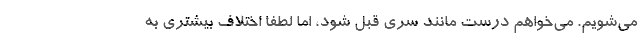
می‌شویم. می‌خواهم درست مانند سری قبل شود، اما لطفا اختلاف بیشتری به